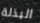
البذلة